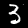
Digit: 3